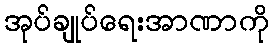
အုပ်ချုပ်ရေးအာဏာကို